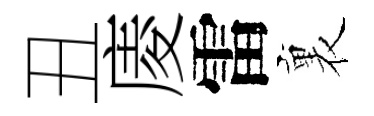
丑庱雷裏